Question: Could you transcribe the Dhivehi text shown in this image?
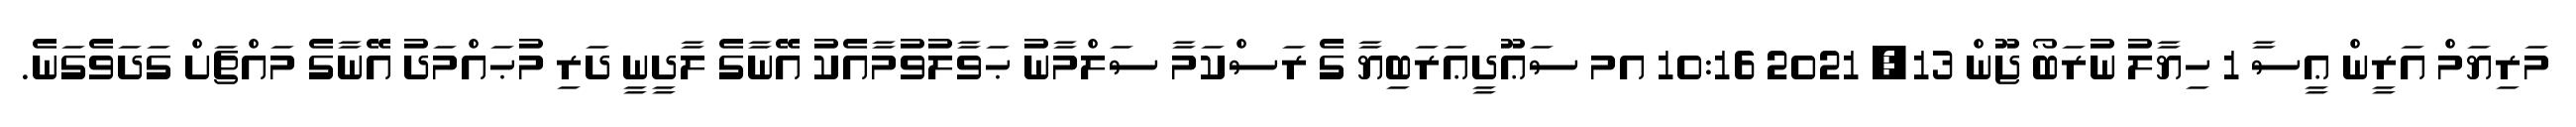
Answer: މަރިޔަމް އަރީން ޢީސާ 1 ހިޔާލު ނުރަބޯ ޖޫން 13, 2021 10:16 އމ ސަޢޫދީޢަރަބިޔާ ގެ ރަސްކަމާ ސަލްމާނު ޙަވާލުވުމާއެކު އޭނާގެ ލާދީނީ ދަރި މުޙައްމަދު އޭނާގެ މައްޗަށް ގަދަވެގަނެ.